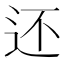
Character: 还